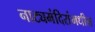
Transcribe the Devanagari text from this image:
नाट्यमंदिरांमधील